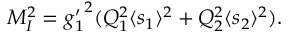
M _ { I } ^ { 2 } = { g _ { 1 } ^ { \prime } } ^ { 2 } ( Q _ { 1 } ^ { 2 } \langle s _ { 1 } \rangle ^ { 2 } + Q _ { 2 } ^ { 2 } \langle s _ { 2 } \rangle ^ { 2 } ) .